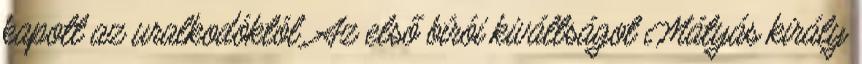
kapott az uralkodóktól. Az első bírói kiváltságot Mátyás király